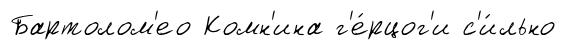
Бартолом'ео Комн'ина г'е́рцог'и с'и́льно